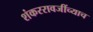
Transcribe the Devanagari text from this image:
शंकररावजींच्याच